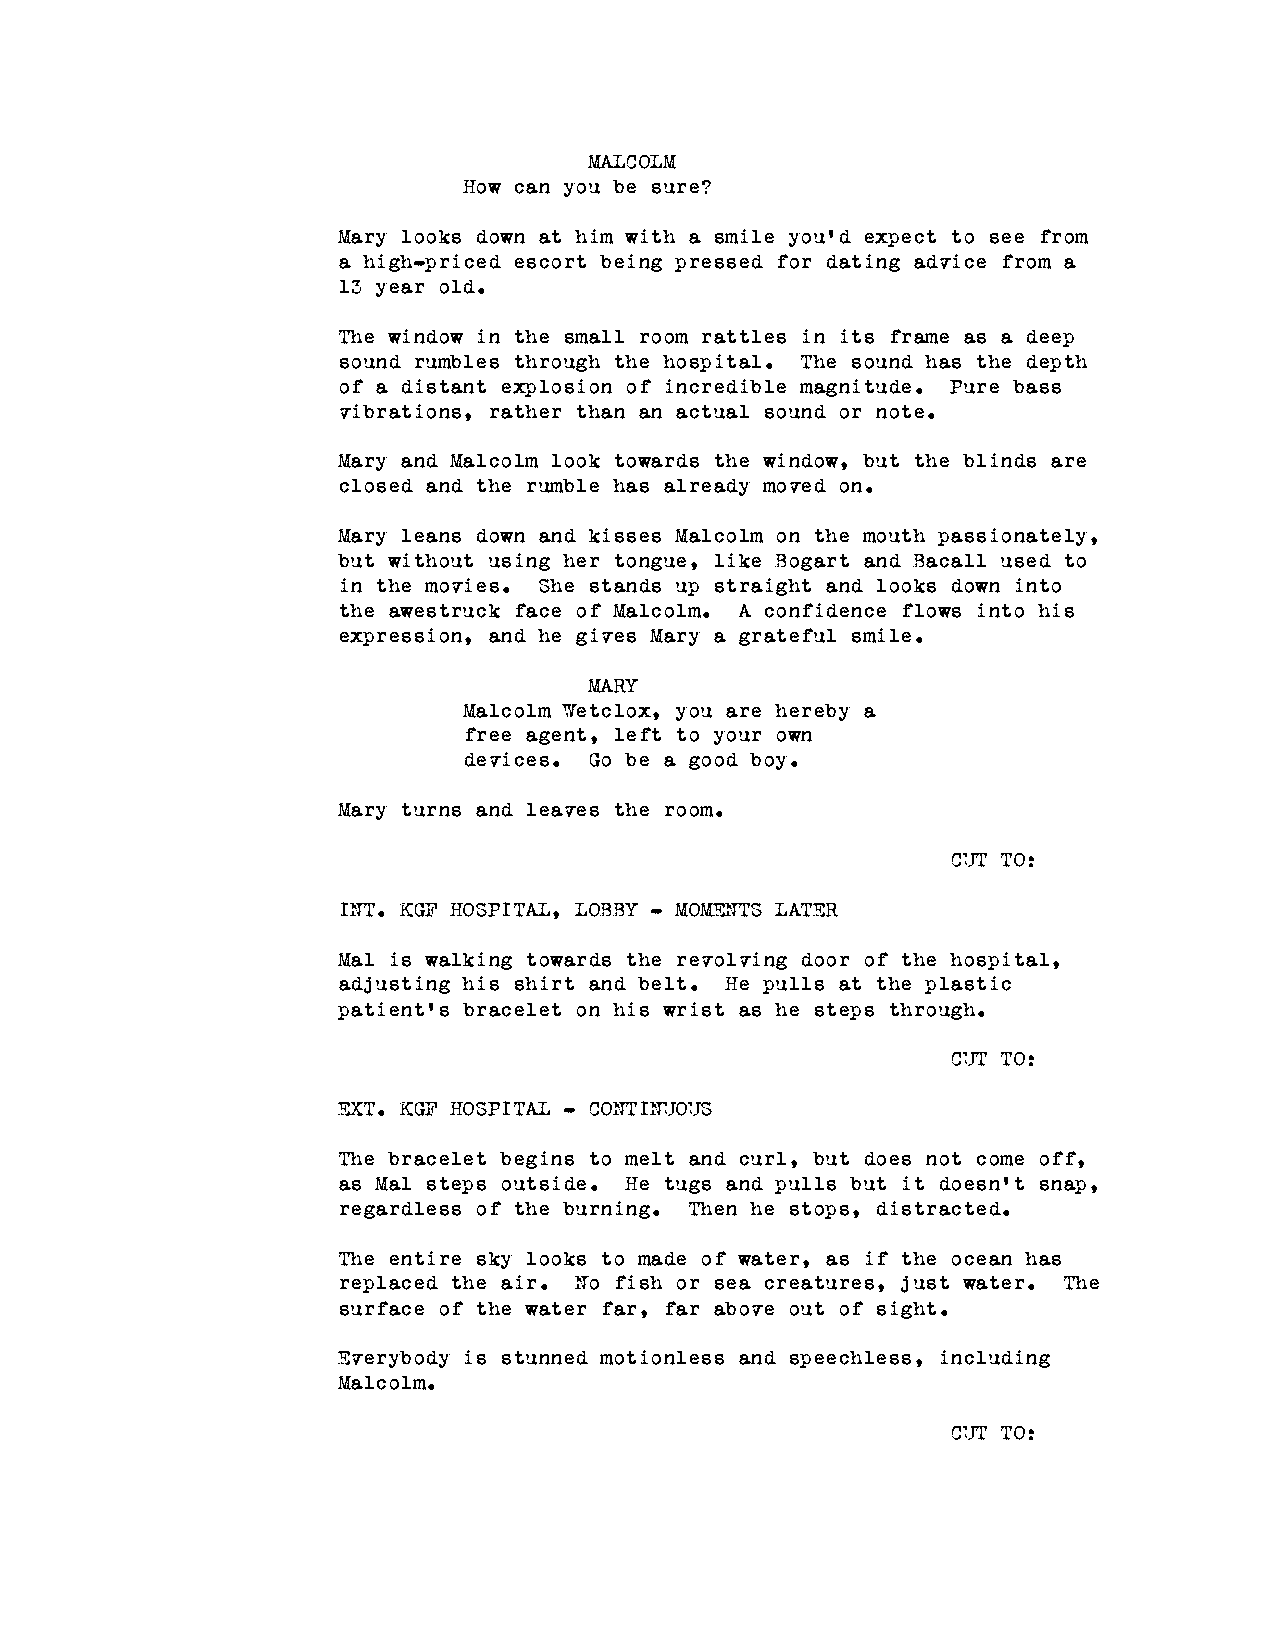
MALCOLM
 How can you be sure?
 Mary looks down at him with a smile you'd expect to see from
 a high-priced escort being pressed for dating advice from a
 13 year old.
 The window in the small room rattles in its frame as a deep
 sound rumbles through the hospital. The sound has the depth
 of a distant explosion of incredible magnitude. Pure bass
 vibrations, rather than an actual sound or note.
 Mary and Malcolm look towards the window, but the blinds are
 closed and the rumble has already moved on.
 Mary leans down and kisses Malcolm on the mouth passionately,
 but without using her tongue, like Bogart and Bacall used to
 in the movies. She stands up straight and looks down into
 the awestruck face of Malcolm. A confidence flows into his
 expression, and he gives Mary a grateful smile.
 MARY
 Malcolm Wetclox, you are hereby a
 free agent, left to your own
 devices. Go be a good boy.
 Mary turns and leaves the room.
 CUT TO:
 INT. KGF HOSPITAL, LOBBY - MOMENTS LATER
 Mal is walking towards the revolving door of the hospital,
 adjusting his shirt and belt. He pulls at the plastic
 patient's bracelet on his wrist as he steps through.
 CUT TO:
 EXT. KGF HOSPITAL - CONTINUOUS
 The bracelet begins to melt and curl, but does not come off,
 as Mal steps outside. He tugs and pulls but it doesn't snap,
 regardless of the burning. Then he stops, distracted.
 The entire sky looks to made of water, as if the ocean has
 replaced the air. No fish or sea creatures, just water. The
 surface of the water far, far above out of sight.
 Everybody is stunned motionless and speechless, including
 Malcolm.
 CUT TO: